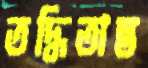
তদ্ধিতান্ত